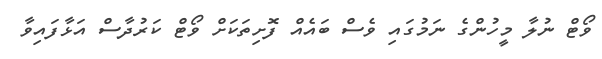
ވޯޓް ނުލާ މީހުންގެ ނަމުގައި ވެސް ބައެއް ފޮށިތަކަށް ވޯޓް ކަރުދާސް އަޅާފައިވާ